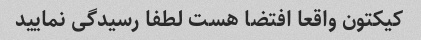
کیکتون واقعا افتضا هست لطفا رسیدگی نمایید